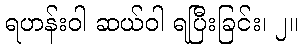
ရဟန်းဝါ ဆယ်ဝါ ရပြီးခြင်း၊ ၂။